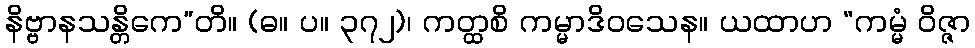
နိဗ္ဗာနသန္တိကေ”တိ။ (ဓ။ ပ။ ၃၇၂)၊ ကတ္ထစိ ကမ္မာဒိဝသေန။ ယထာဟ “ကမ္မံ ဝိဇ္ဇာ